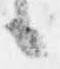
候